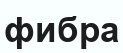
фибра